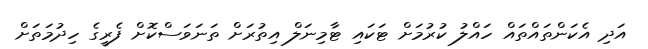
އަދި އެކަންތައްތައް ހައްލު ކުރުމަށް ޓަކައި ޓާމިނަލް އިތުރަށް ތަނަވަސްކޮށް ފެރީގެ ހިދުމަތަށް